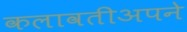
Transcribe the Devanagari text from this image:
कलावतीअपने